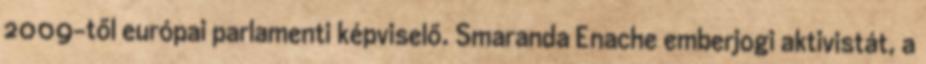
2009-től európai parlamenti képviselő. Smaranda Enache emberjogi aktivistát, a